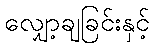
လျှော့ချခြင်းနှင့်